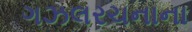
ગઝલરચનાના